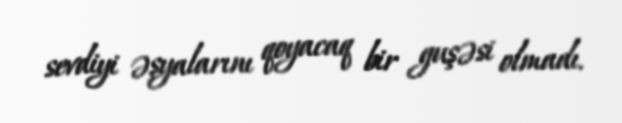
sevdiyi əşyalarını qoyacaq bir guşəsi olmadı.